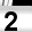
Digit: 2